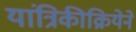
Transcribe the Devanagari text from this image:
यांत्रिकीक्रियेने